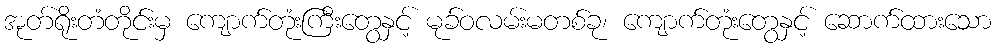
အုတ်ရိုးတံတိုင်းမှ ကျောက်တုံးကြီးတွေနှင့် မုခ်ဝလမ်းမတစ်ခု၊ ကျောက်တုံးတွေနှင့် ဆောက်ထားသော